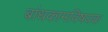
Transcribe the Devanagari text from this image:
बांधकामविषयक